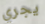
يجري